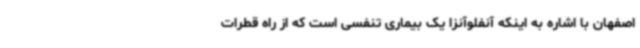
اصفهان با اشاره به اینکه آنفلوآنزا یک بیماری تنفسی است که از راه قطرات